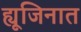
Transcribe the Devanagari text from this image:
ह्यूजिनात